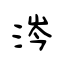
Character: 涔